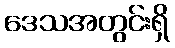
ဒေသအတွင်းရှိ